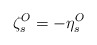
\begin{align*}\zeta_{s}^{O} = - \eta_{s}^{O}\end{align*}